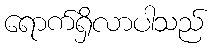
ရောက်ရှိလာပါသည်